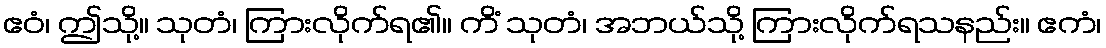
ဧဝံ၊ ဤသို့။ သုတံ၊ ကြားလိုက်ရ၏။ ကိံ သုတံ၊ အဘယ်သို့ ကြားလိုက်ရသနည်း။ ဧကံ၊